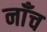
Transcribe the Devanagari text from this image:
नाँच